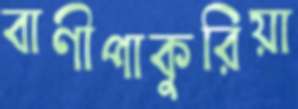
বাণীপাকুরিয়া